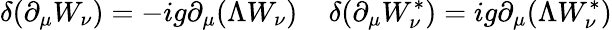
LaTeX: \delta(\partial_{\mu}W_{\nu})=-ig\partial_{\mu}(\Lambda W_{\nu})\; \; \; \; \delta(\partial_{\mu}W_{\nu}^{\ast})=ig\partial_{\mu}(\Lambda W_{\nu}^{\ast})